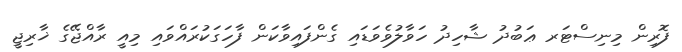
ފޮރިން މިނިސްޓަރ ޢަބުދު ޝާހިދު ހަވާލުވެވަޑައި ގެންފައިވާކަން ފާހަގަކުރައްވައި މިއީ ރާއްޖޭގެ ޚާރިޖީ